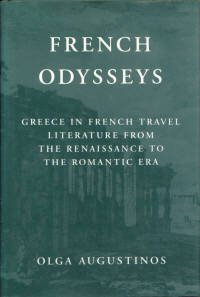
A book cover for French Odysseys: Greece in French Travel Literature from the Renaissance to the Romantic Era; Professor Olga Augustinos; Romance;